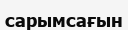
сарымсағын